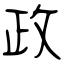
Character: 政